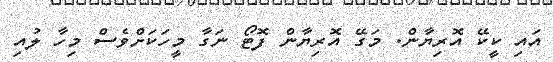
އައި ކީކޭ އޮރިޔާން. މަގޭ އޮރިޔާން ފޮޓޯ ނަގާ މީހަކަށްވެސް މިހާ ލުއި